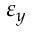
\varepsilon _ { y }